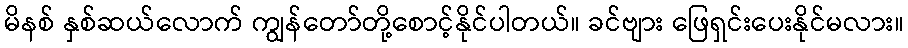
မိနစ် နှစ်ဆယ်လောက် ကျွန်တော်တို့စောင့်နိုင်ပါတယ်။ ခင်ဗျား ဖြေရှင်းပေးနိုင်မလား။